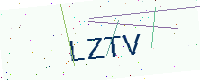
Text: LZTV